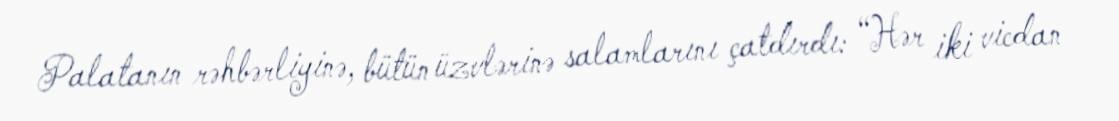
Palatanın rəhbərliyinə, bütün üzvlərinə salamlarını çatdırdı: “Hər iki vicdan